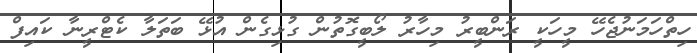
ހިތްހަމަނުޖެހޭ މީހަކީ ރަންބީރު މިހާރު ލޯބީގޮތުން ގުޅިގެން އުޅޭ ބަތަލާ ކެޓްރީނާ ކައިފް